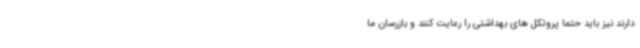
دارند نیز باید حتما پروتکل های بهداشتی را رعایت کنند و بازرسان ما